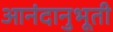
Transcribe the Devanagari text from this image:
आनंदानुभूती